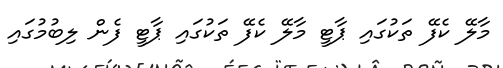
މާލޭ ކެފޭ ތަކުގައި ޕާޓީ މާލޭ ކެފޭ ތަކުގައި ޕާޓީ ފެން ލިބުމުގައި